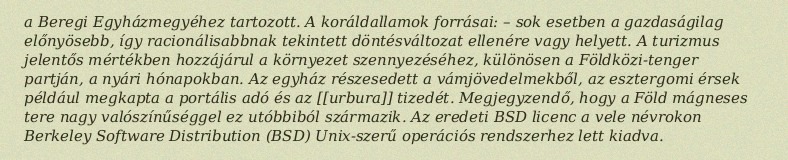
a Beregi Egyházmegyéhez tartozott. A koráldallamok forrásai: – sok esetben a gazdaságilag előnyösebb, így racionálisabbnak tekintett döntésváltozat ellenére vagy helyett. A turizmus jelentős mértékben hozzájárul a környezet szennyezéséhez, különösen a Földközi-tenger partján, a nyári hónapokban. Az egyház részesedett a vámjövedelmekből, az esztergomi érsek például megkapta a portális adó és az [[urbura]] tizedét. Megjegyzendő, hogy a Föld mágneses tere nagy valószínűséggel ez utóbbiból származik. Az eredeti BSD licenc a vele névrokon Berkeley Software Distribution (BSD) Unix-szerű operációs rendszerhez lett kiadva.